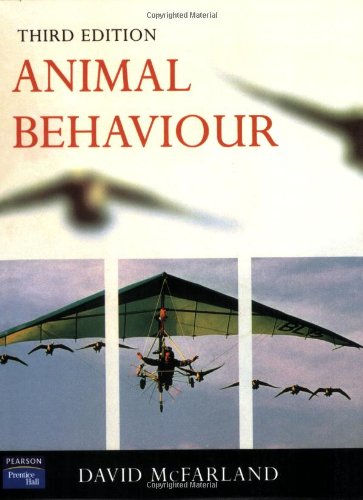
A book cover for Animal Behaviour: Psychobiology, Ethology and Evolution (3rd Edition); David McFarland; Medical Books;